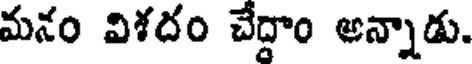
మనం విశదం చేద్దాం అన్నాడు.